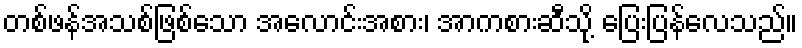
တစ်ဖန်အသစ်ဖြစ်သော အလောင်းအစား၊ အာကစားဆီသို့ ပြေးပြန်လေသည်။